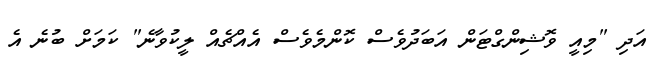
އަދި "މިއީ ވޮޝިންގްޓަން އަބަދުވެސް ކޮންމެވެސް އެއްޗެއް ލީކުވާނެ" ކަމަށް ބުނެ އެ